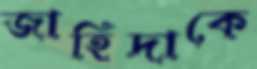
জাহিদাকে